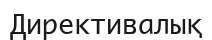
Директивалық